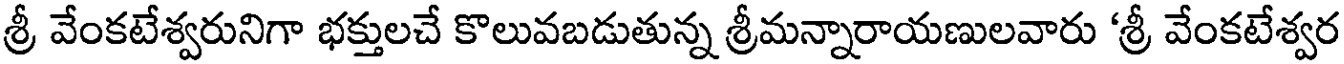
శ్రీ వేంకటేశ్వరునిగా భక్తులచే కొలువబడుతున్న శ్రీమన్నారాయణులవారు 'శ్రీ వేంకటేశ్వర